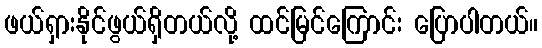
ဖယ်ရှားနိုင်ဖွယ်ရှိတယ်လို့ ထင်မြင်ကြောင်း ပြောပါတယ်။